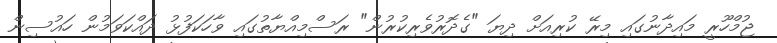
ޖުމްހޫރީ މައިދާނުގައި މިރޭ ކުރިއަށް ދިޔަ "ގެދޮރުވެރިކުރުން" ރަސްމިއްޔާތުގައި ވާހަކަފުޅު ދައްކަވަމުން ހައުސިން